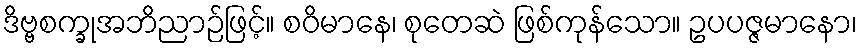
ဒိဗ္ဗစက္ခုအဘိညာဉ်ဖြင့်။ စဝိမာနေ၊ စုတေဆဲ ဖြစ်ကုန်သော။ ဥပပဇ္ဇမာနော၊